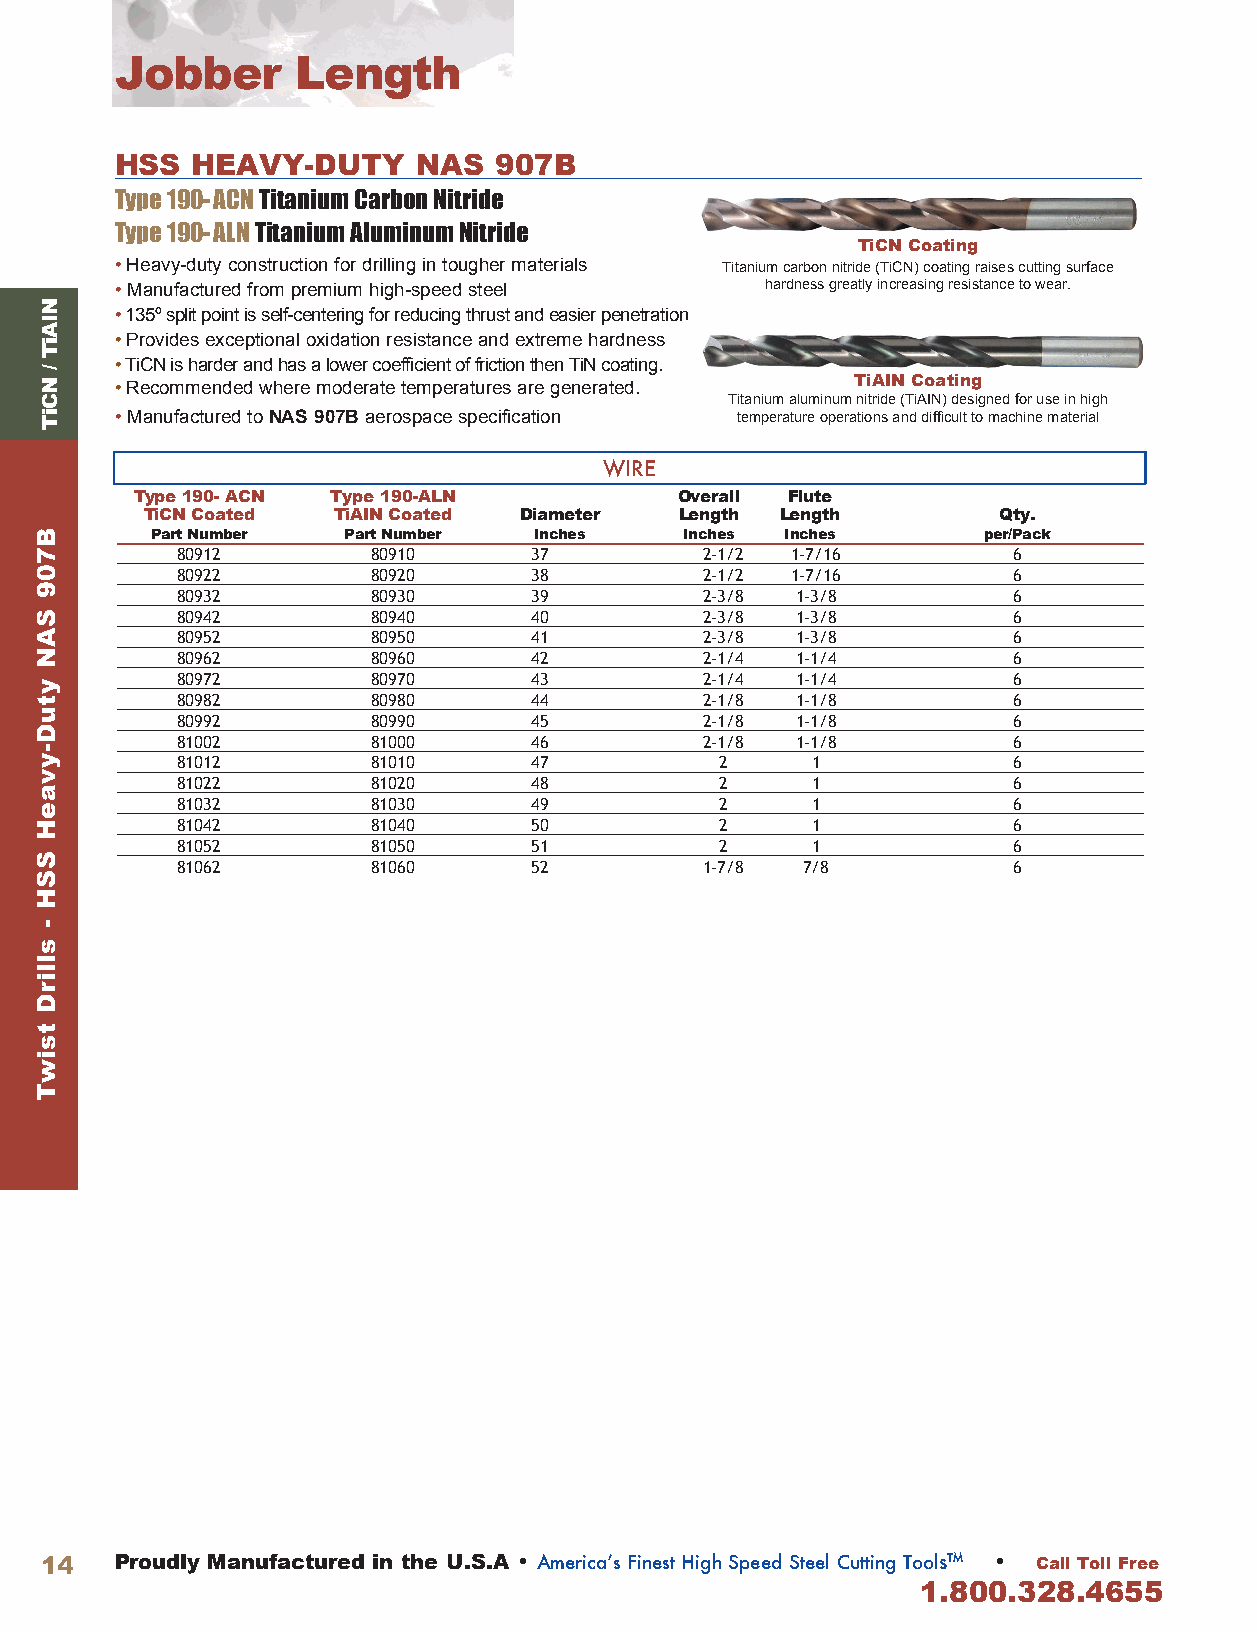
Jobber      Length
 HSS  HEAVY-DUTY     NAS  907B
 Type 190-ACN Titanium Carbon Nitride
 Type 190-ALN Titanium Aluminum Nitride
 TiCN Coating
 • Heavy-duty construction for drilling in tougher materials Titanium carbon nitride (TiCN) coating raises cutting surface
 • Manufactured from premium high-speed steel hardness greatly increasing resistance to wear.
 • 135º split point is self-centering for reducing thrust and easier penetration
 • Provides exceptional oxidation resistance and extreme hardness
 • TiCN is harder and has a lower coefficient of friction then TiN coating.
 TiAIN Coating • Recommended where moderate temperatures are generated.
 Titanium aluminum nitride (TiAIN) designed for use in high
 • Manufactured to NAS 907B aerospace specification temperature operations and difficult to machine material
 WIRE
 Type 190- ACN Type 190-ALN          Overall Flute
 TiCN Coated TiAIN Coated Diameter  Length Length        Qty .
 Part Number  Part Number Inches    Inches Inches       per/Pack
 80912        80910     37          2-1/2 1-7/16        6
 80922        80920     38          2-1/2 1-7/16        6
 80932        80930     39          2-3/8 1-3/8         6
 80942        80940     40          2-3/8 1-3/8         6
 80952        80950     41          2-3/8 1-3/8         6
 80962        80960     42          2-1/4 1-1/4         6
 80972        80970     43          2-1/4 1-1/4         6
 80982        80980     44          2-1/8 1-1/8         6
 80992        80990     45          2-1/8 1-1/8         6
 81002        81000     46          2-1/8 1-1/8         6
 81012        81010     47           2     1            6
 81022        81020     48           2     1            6
 81032        81030     49           2     1            6
 81042        81040     50           2     1            6
 81052        81050     51           2     1            6
 81062        81060     52          1-7/8 7/8           6
 14   Proudly Manufactured in the U .S .A • America’s Finest High Speed Steel Cutting Tools™ • Call Toll Free
 1 .800 .328 .4655
 NIAiT
 /
 NCiT
 B709
 SAN
 ytuD-yvaeH
 SSH
 -
 sllirD
 tsiwT